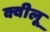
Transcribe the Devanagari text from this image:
क्वीलू